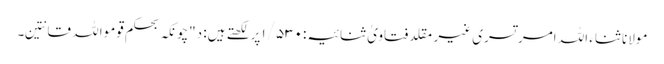
مولانا ثناء اللہ امرتسری غیر مقلد فتاویٰ ثنائیہ:۱/۵۳۰ پر لکھتے ہیں: د"چونکہ بحکم قوموا للہ قانتین۔